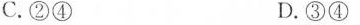
C.②④ D.③④